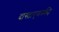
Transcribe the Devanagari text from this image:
दास्ताएवस्की